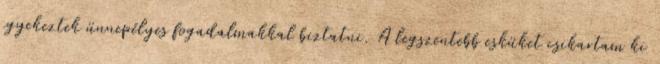
igyekeztek ünnepélyes fogadalmakkal biztatni. A legszentebb esküket csikartam ki